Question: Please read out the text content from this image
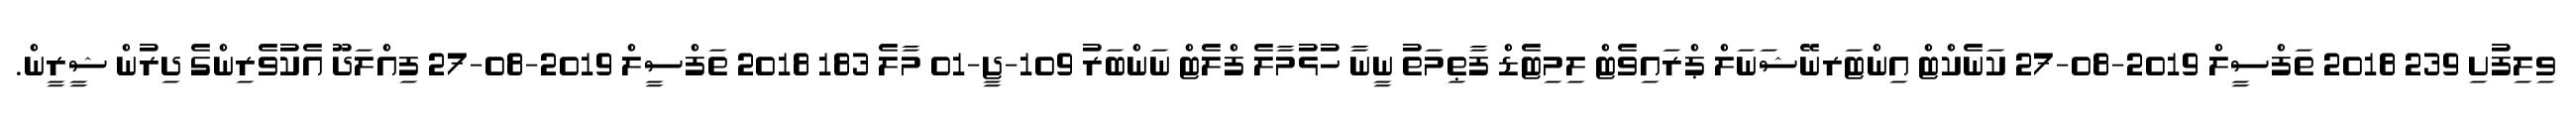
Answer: ވިލިފުށި 239 2018 ތަފްސީލް 2019-08-27 ކަނެކްޓް އިންޓަރނޭޝަނަލް ޕްރައިވެޓް ލިމިޓެޑް ފާޠިމަތު ނީނާ ހުޅުމާލެ ފްލެޓް ނަންބަރު 109-ޖީ-01 މާލެ 183 2018 ތަފްސީލް 2019-08-27 ފިއްލަދޫ އެކުވެރިންގެ ދިރުން ޝީރީން.